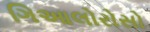
ગિઆલોરોસો